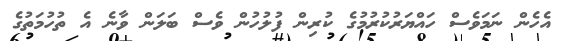
އެހެން ނަމަވެސް ހައްޔަރުކުރުމުގެ ކުރިން ފުލުހުން ވެސް ބަލަން ވާނެ އެ ތުހުމަތުގެ